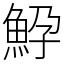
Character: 䱆